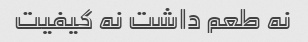
نه طعم داشت نه کیفیت